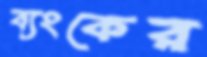
ব্যংকের